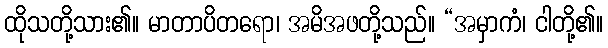
ထိုသတို့သား၏။ မာတာပိတရော၊ အမိအဖတို့သည်။ “အမှာကံ၊ ငါတို့၏။